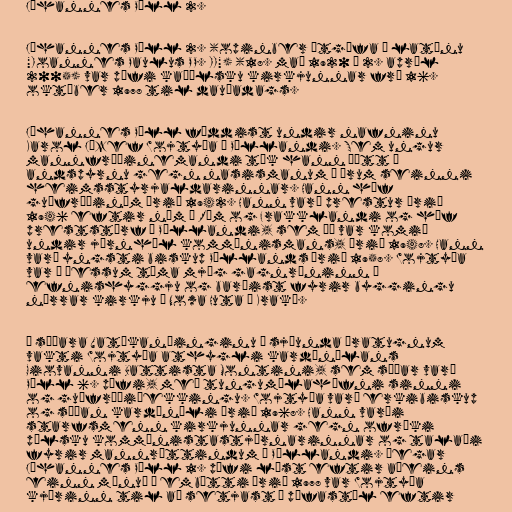
Jóhannes Páll 2.

Jóhannes Páll 2. (opinber útgáfa á latínu
"Ioannes Paulus PP. II") (18. maí 1920 – 2. apríl
2005) var páfi kaþólsku kirkjunnar frá 16.
október 1978 til dauðadags.

Jóhannes Páll fæddist undir nafninu
Karol Józef Wojtyła í Póllandi. Sem ungur
mannfræðinemandi tók hann þátt í
andspyrnu gegn nasismanum á árum seinni
heimsstyrjaldarinnar. Hann hóf
guðfræðinám árið 1942. Hann varð prestur árið
1946 eftir nám í Róm og Frakklandi og hóf
preststörf í Póllandi, sem þá var komið
undir járnhæl kommúnismans, árið 1948. Hann
varð yngsti biskup Póllands árið 1958. Wojtyła
var á þessum tíma mjög gagnrýninn á
efnishyggju og barðist fyrir byggingu
nýrrar kirkju í Nowa Huta í Kraká.

Á síðara Vatíkanþinginu á sjöunda áratugnum
vakti Wojtyła athygli kardínálans
Giovanni Battista Montini, sem síðar varð
Páll 6. páfi, með tungumálahæfni sinni
og guðfræðiþekkingu. Wojtyła varð erkibiskup
og síðan kardínáli árið 1968. Hann varði
starfsmenn kirkjunnar gegn ofríki
pólsku kommúnistastjórnarinnar og talaði
fyrir mannréttindum í Póllandi. Þegar
Jóhannes Páll 1. páfi lést eftir aðeins
einn mánuð í embætti árið 1978 var Wojtyła
kjörinn til að setjast á páfastól eftir